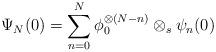
LaTeX: \begin{align*}\Psi_N(0) = \sum^N_{n=0} \phi_0^{\otimes (N-n)}\otimes_s \psi_n(0)\end{align*}